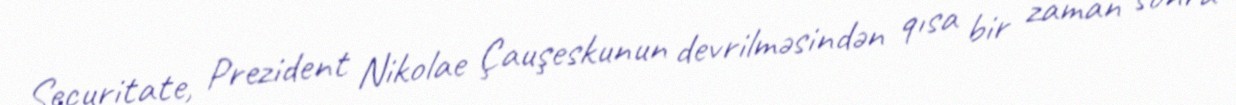
Securitate, Prezident Nikolae Çauşeskunun devrilməsindən qısa bir zaman sonra